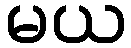
မယ